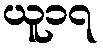
ယူ၁၇